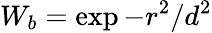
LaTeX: W_{b}=\exp{-r^{2}/d^{2}}